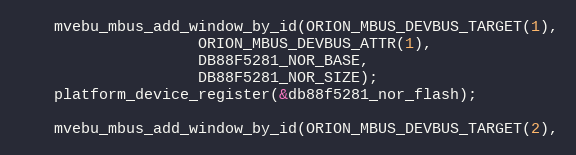
Language: C
	mvebu_mbus_add_window_by_id(ORION_MBUS_DEVBUS_TARGET(1),
				    ORION_MBUS_DEVBUS_ATTR(1),
				    DB88F5281_NOR_BASE,
				    DB88F5281_NOR_SIZE);
	platform_device_register(&db88f5281_nor_flash);

	mvebu_mbus_add_window_by_id(ORION_MBUS_DEVBUS_TARGET(2),